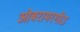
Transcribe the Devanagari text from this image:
ओबरामरगोउ